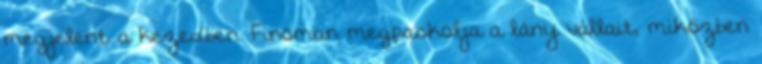
megjelent a kezedben. Finoman megpaskolja a lány vállait, miközben